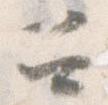
召